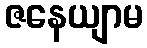
ဇနေယျာမ